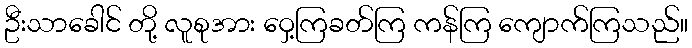
ဦးသာခေါင် တို့ လူစုအား ဝှေ့ကြခတ်ကြ ကန်ကြ ကျောက်ကြသည်။